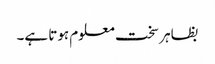
بظاہر سخت معلوم ہوتا ہے۔